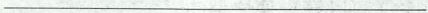
___